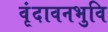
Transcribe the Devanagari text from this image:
वृंदावनभुवि